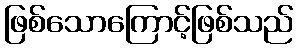
ဖြစ်သောကြောင့်ဖြစ်သည်